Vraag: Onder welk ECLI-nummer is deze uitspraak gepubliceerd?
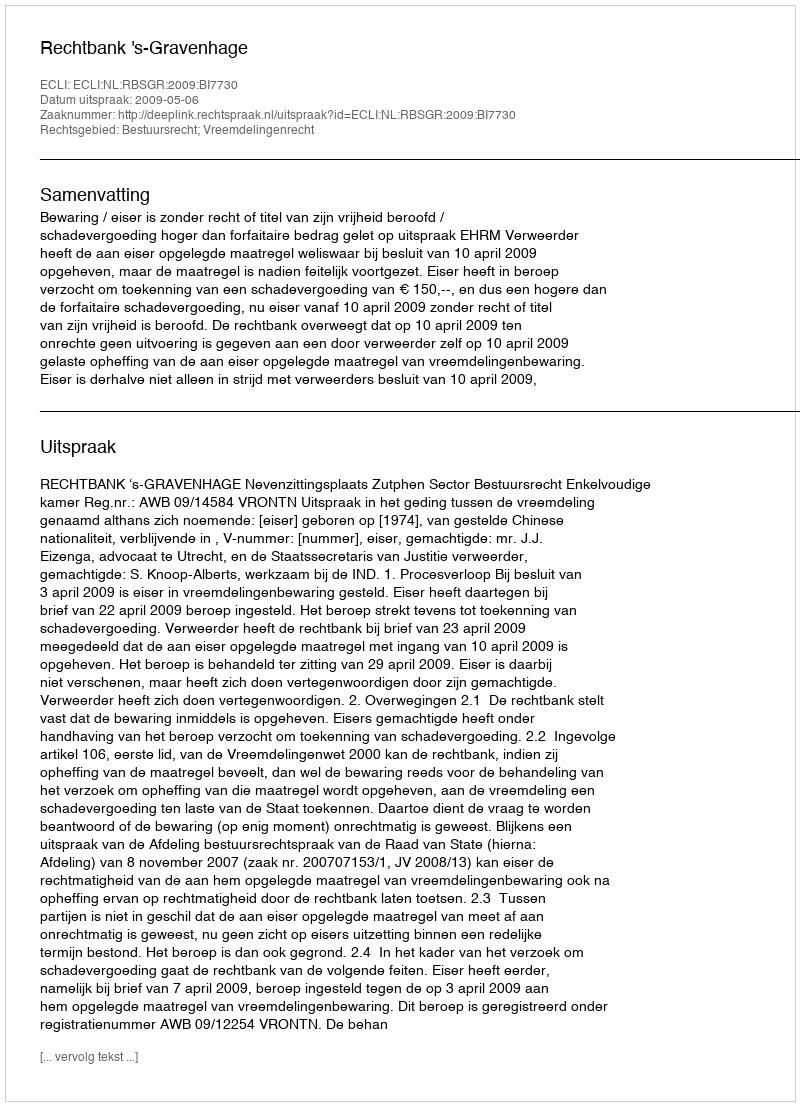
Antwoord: ECLI:NL:RBSGR:2009:BI7730